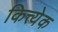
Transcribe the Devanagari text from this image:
कित्त्येक